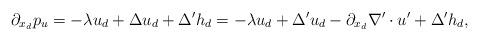
LaTeX: \begin{align*}\partial_{x_d} p_u = -\lambda u_d + \Delta u_d+ \Delta' h_d = -\lambda u_d + \Delta' u_d - \partial_{x_d} \nabla' \cdot u' + \Delta' h_d,\end{align*}